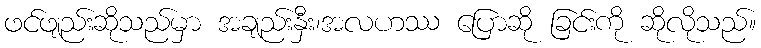
ဖင်ဖျည်းဆိုသည်မှာ အချည်းနှီး၊အလဟဿ ပြောဆို ခြင်းကို ဆိုလိုသည်။